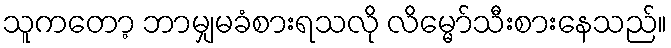
သူကတော့ ဘာမျှမခံစားရသလို လိမ္မော်သီးစားနေသည်။